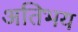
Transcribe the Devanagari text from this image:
अतिभय